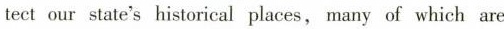
tect our state's historical places, many of which are